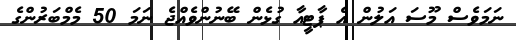
ނަމަވެސް މޫސަ އަލުން އެ ޕާޓީއާ ގުޅެން ބޭނުންވެއްޖެ ނަމަ 50 މެމްބަރުންގެ